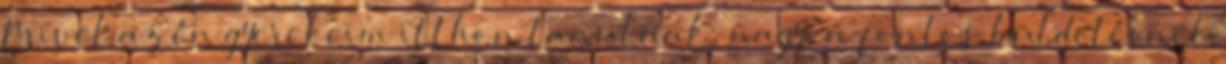
Mivel az én gyerekeim itthon tanulnak, nagyon fontos küldetésnek